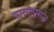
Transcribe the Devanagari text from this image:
पावलागन